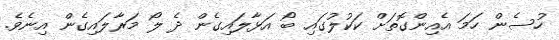
ހުސެން ހަަމަ އެއިންގޮތަށް ކަކުލުގައި ބޯ އަޅާލައިގެން ދެ ލޯ މަރާލައިގެން އިނެވެ.